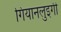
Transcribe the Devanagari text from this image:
गियानलुइगी